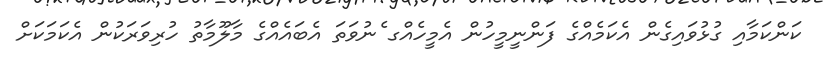
ކަންކަމާއި ގުޅުވައިގެން އެކަމެއްގެ ފަންނީމީހުން އެމީހެއްގ ެނުވަތަ އެބައެއްގެ މާލޫމާތު ހުރިވަރަކުން އެކަމަކަށް